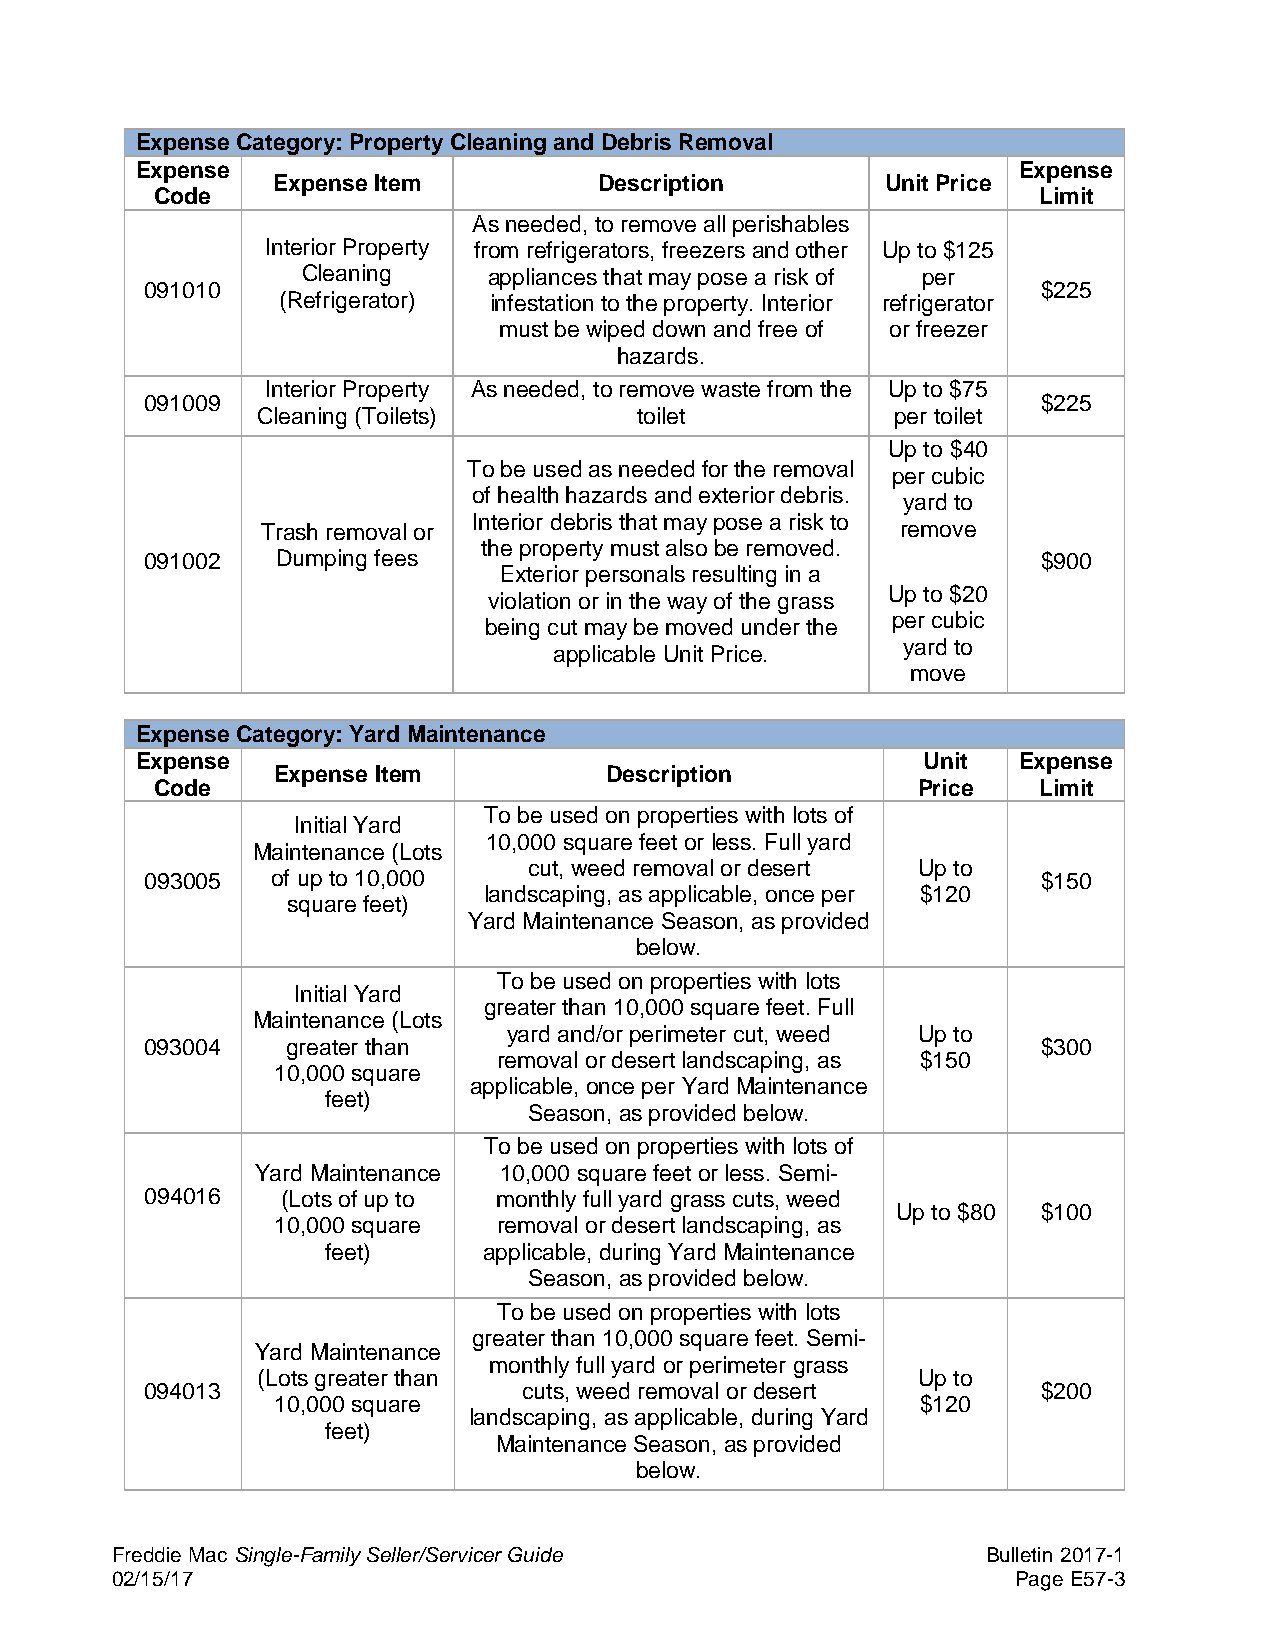
Expense Category: Property Cleaning and Debris Removal
 Expense                                                   Expense
 Expense Item          Description        Unit Price
 Code                                                       Limit
 As needed, to remove all perishables
 Interior Property from refrigerators, freezers and other Up to $125
 Cleaning    appliances that may pose a risk of per
 091010                                                     $225
 (Refrigerator) infestation to the property. Interior refrigerator
 must be wiped down and free of or freezer
 hazards.
 Interior Property As needed, to remove waste from the Up to $75
 091009                                                     $225
 Cleaning (Toilets)       toilet           per toilet
 Up to $40
 To be used as needed for the removal
 per cubic
 of health hazards and exterior debris.
 yard to
 Interior debris that may pose a risk to
 Trash removal or                           remove
 the property must also be removed.
 091002  Dumping fees                                       $900
 Exterior personals resulting in a
 Up to $20
 violation or in the way of the grass
 per cubic
 being cut may be moved under the
 yard to
 applicable Unit Price.
 move
 Expense Category: Yard Maintenance
 Expense                                             Unit  Expense
 Expense Item          Description
 Code                                               Price   Limit
 To be used on properties with lots of
 Initial Yard
 10,000 square feet or less. Full yard
 Maintenance (Lots
 cut, weed removal or desert Up to
 093005  of up to 10,000                                    $150
 landscaping, as applicable, once per $120
 square feet)
 Yard Maintenance Season, as provided
 below.
 To be used on properties with lots
 Initial Yard
 greater than 10,000 square feet. Full
 Maintenance (Lots
 yard and/or perimeter cut, weed Up to
 093004   greater than                                      $300
 removal or desert landscaping, as $150
 10,000 square
 applicable, once per Yard Maintenance
 feet)
 Season, as provided below.
 To be used on properties with lots of
 Yard Maintenance 10,000 square feet or less. Semi-
 094016   (Lots of up to monthly full yard grass cuts, weed
 Up to $80 $100
 10,000 square  removal or desert landscaping, as
 feet)     applicable, during Yard Maintenance
 Season, as provided below.
 To be used on properties with lots
 greater than 10,000 square feet. Semi-
 Yard Maintenance
 monthly full yard or perimeter grass
 (Lots greater than                          Up to
 094013                   cuts, weed removal or desert      $200
 10,000 square                              $120
 landscaping, as applicable, during Yard
 feet)
 Maintenance Season, as provided
 below.
 Freddie Mac Single-Family Seller/Servicer Guide           Bulletin 2017-1
 02/15/17                                                    Page E57-3